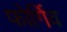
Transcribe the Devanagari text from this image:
फोर्गिव